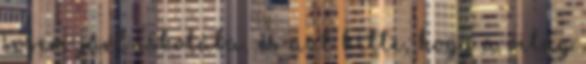
sosem járt iskolába, és azt hitte, hogy a világ